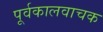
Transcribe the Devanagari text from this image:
पूर्वकालवाचक